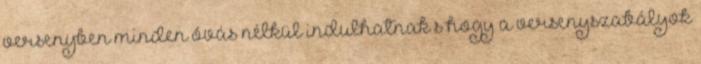
versenyben minden óvás nélkül indulhatnak s hogy a versenyszabályok